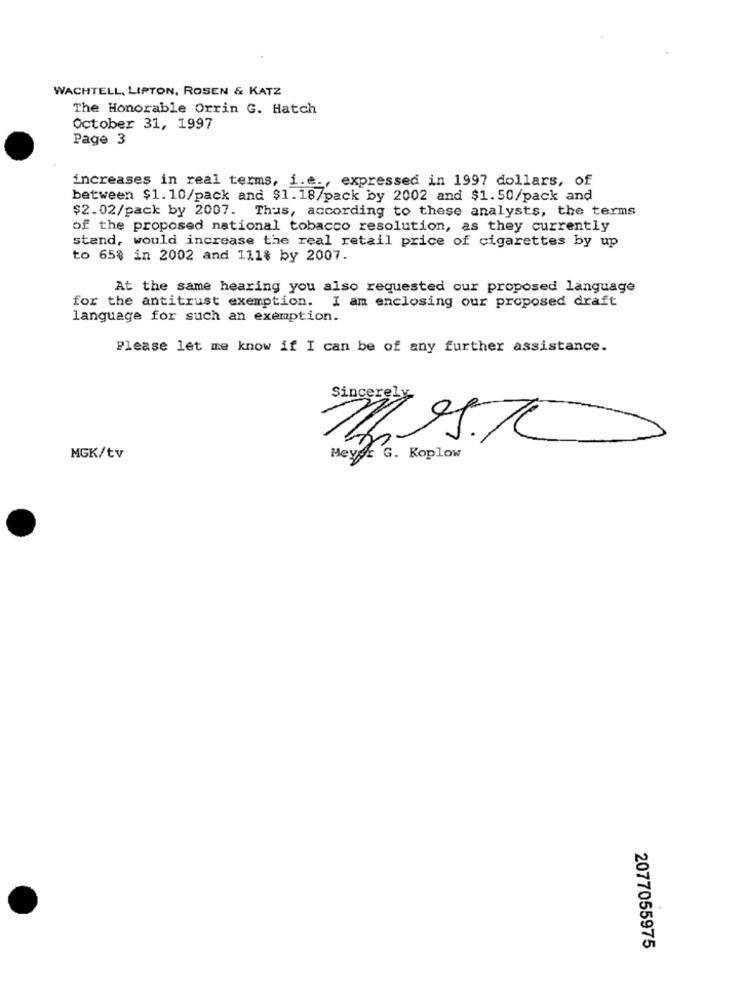
WACHTELL, LIPTON, ROSEN & KATZ
The Honorable Orrin G. Hatch
October 31, 1997
Page 3
increases in real terms, i.e ., expressed in 1997 dollars, of
between $1.10/pack and $1.18/pack by 2002 and $1.50/pack and
$2.02/pack by 2007. Thus, according to these analysts, the terms
of the proposed national tobacco resolution, as they currently
stand, would increase the real retail price of cigarettes by up
to 65% in 2002 and 111% by 2007.
At the same hearing you also requested our proposed language
for the antitrust exemption. I am enclosing our proposed draft
language for such an exemption.
Please let me know if I can be of any further assistance.
MGK/tv
Meyer G. Koplow
2077055975